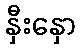
နှီးနှော